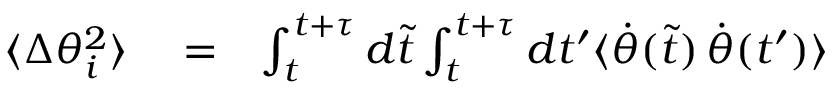
\begin{array} { r l r } { \langle \Delta \theta _ { i } ^ { 2 } \rangle } & { { } = } & { \int _ { t } ^ { t + \tau } d \tilde { t } \int _ { t } ^ { t + \tau } d t ^ { \prime } \langle \dot { \theta } ( \tilde { t } ) \, \dot { \theta } ( t ^ { \prime } ) \rangle } \end{array}